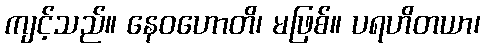
ကျင့်သည်။ နေဝဟောတိ၊ မဖြစ်။ ပရဟိတယာ၊